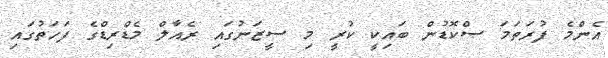
އެންމެ ފުރަތަމަ ސްކޮޑުން ބައިކީ ކުރީ މި ސީޒަނުގައި ރެއާލް މެޑްރިޑްގެ ފަހަތުގައި